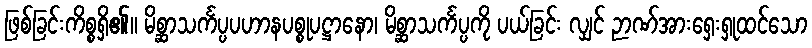
ဖြစ်ခြင်းကိစ္စရှိ၏။ မိစ္ဆာသင်္ကပ္ပပဟာနပစ္စုပဋ္ဌာနော၊ မိစ္ဆာသင်္ကပ္ပကို ပယ်ခြင်း လျှင် ဉာဏ်အားရှေးရှုထင်သော